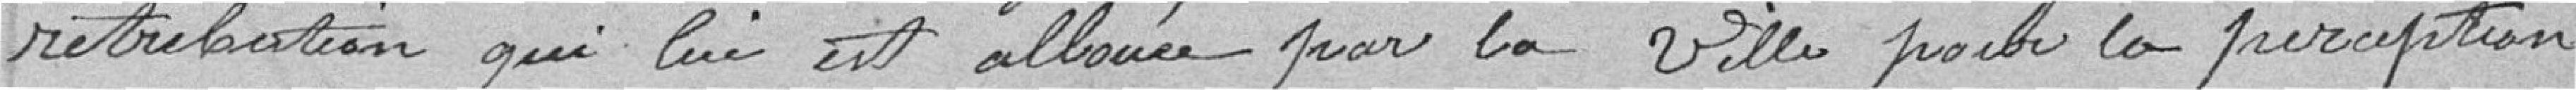
rétribution qui lui est allouée par l villepour la prorogation